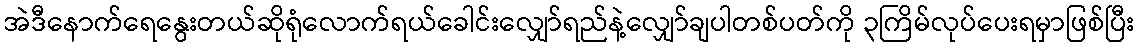
အဲဒီနောက်ရေနွေးတယ်ဆိုရုံလောက်ရယ်ခေါင်းလျှော်ရည်နဲ့လျှော်ချပါတစ်ပတ်ကို ၃ကြိမ်လုပ်ပေးရမှာဖြစ်ပြီး